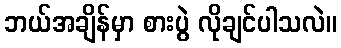
ဘယ်အချိန်မှာ စားပွဲ လိုချင်ပါသလဲ။